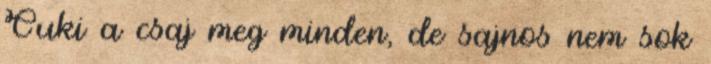
Cuki a csaj meg minden, de sajnos nem sok